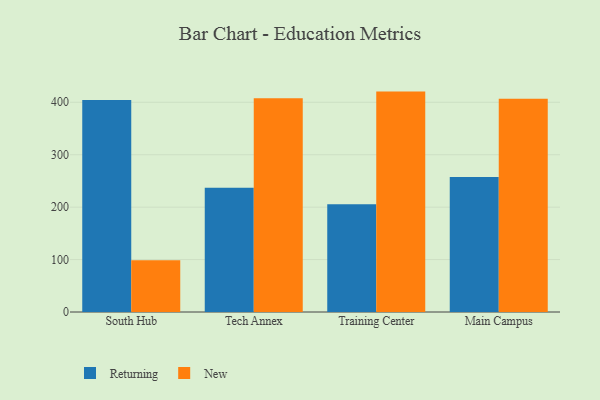
{"axis": {"x": "Campus", "y": "Headcount"}, "legend": ["New", "Returning"], "data": [{"x": "South Hub", "y": 404.4, "type": "Returning"}, {"x": "South Hub", "y": 98.6, "type": "New"}, {"x": "Tech Annex", "y": 237.1, "type": "Returning"}, {"x": "Tech Annex", "y": 407.8, "type": "New"}, {"x": "Training Center", "y": 205.7, "type": "Returning"}, {"x": "Training Center", "y": 420.4, "type": "New"}, {"x": "Main Campus", "y": 257.6, "type": "Returning"}, {"x": "Main Campus", "y": 406.8, "type": "New"}]}